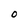
Character: O